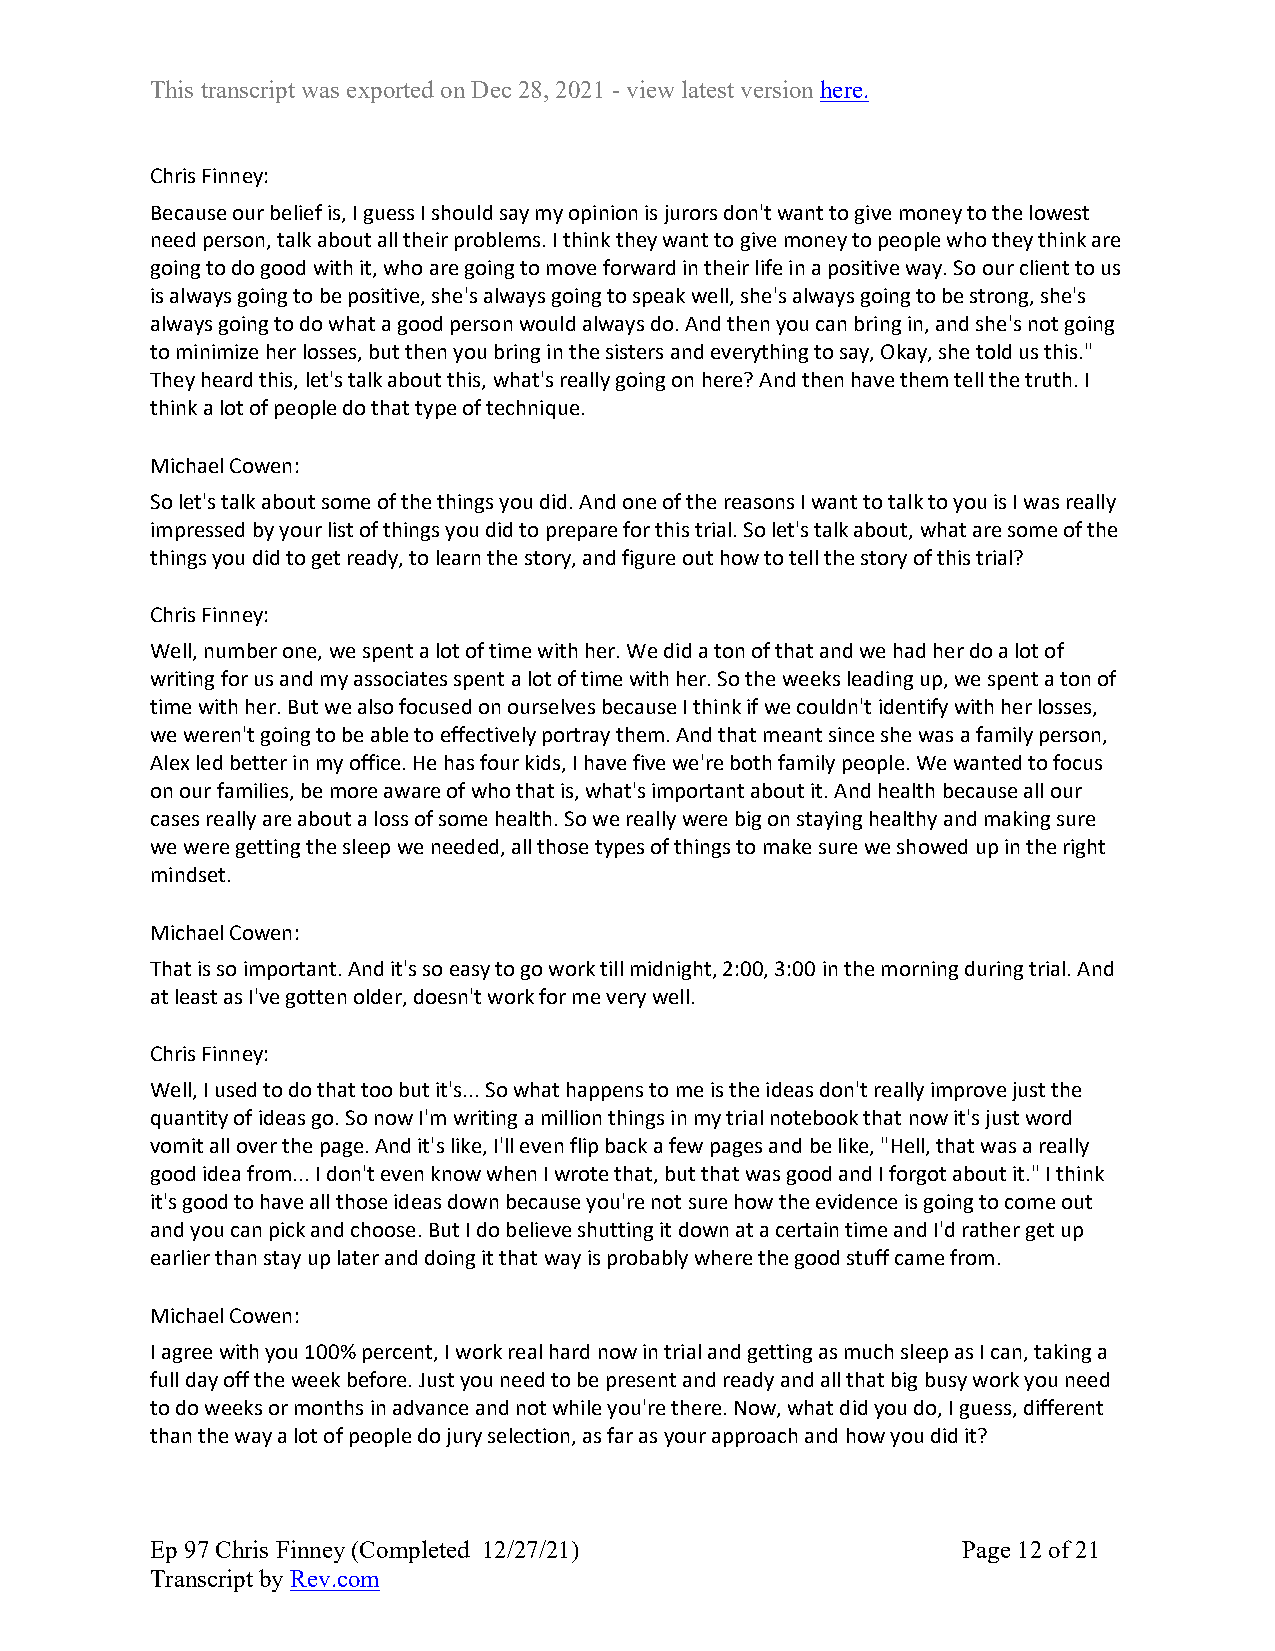
This transcript was exported on Dec 28, 2021 - view latest version here.
 Chris Finney:
 Because our belief is, I guess I should say my opinion is jurors don't want to give money to the lowest
 need person, talk about all their problems. I think they want to give money to people who they think are
 going to do good with it, who are going to move forward in their life in a positive way. So our client to us
 is always going to be positive, she's always going to speak well, she's always going to be strong, she's
 always going to do what a good person would always do. And then you can bring in, and she's not going
 to minimize her losses, but then you bring in the sisters and everything to say, Okay, she told us this."
 They heard this, let's talk about this, what's really going on here? And then have them tell the truth. I
 think a lot of people do that type of technique.
 Michael Cowen:
 So let's talk about some of the things you did. And one of the reasons I want to talk to you is I was really
 impressed by your list of things you did to prepare for this trial. So let's talk about, what are some of the
 things you did to get ready, to learn the story, and figure out how to tell the story of this trial?
 Chris Finney:
 Well, number one, we spent a lot of time with her. We did a ton of that and we had her do a lot of
 writing for us and my associates spent a lot of time with her. So the weeks leading up, we spent a ton of
 time with her. But we also focused on ourselves because I think if we couldn't identify with her losses,
 we weren't going to be able to effectively portray them. And that meant since she was a family person,
 Alex led better in my office. He has four kids, I have five we're both family people. We wanted to focus
 on our families, be more aware of who that is, what's important about it. And health because all our
 cases really are about a loss of some health. So we really were big on staying healthy and making sure
 we were getting the sleep we needed, all those types of things to make sure we showed up in the right
 mindset.
 Michael Cowen:
 That is so important. And it's so easy to go work till midnight, 2:00, 3:00 in the morning during trial. And
 at least as I've gotten older, doesn't work for me very well.
 Chris Finney:
 Well, I used to do that too but it's... So what happens to me is the ideas don't really improve just the
 quantity of ideas go. So now I'm writing a million things in my trial notebook that now it's just word
 vomit all over the page. And it's like, I'll even flip back a few pages and be like, "Hell, that was a really
 good idea from... I don't even know when I wrote that, but that was good and I forgot about it." I think
 it's good to have all those ideas down because you're not sure how the evidence is going to come out
 and you can pick and choose. But I do believe shutting it down at a certain time and I'd rather get up
 earlier than stay up later and doing it that way is probably where the good stuff came from.
 Michael Cowen:
 I agree with you 100% percent, I work real hard now in trial and getting as much sleep as I can, taking a
 full day off the week before. Just you need to be present and ready and all that big busy work you need
 to do weeks or months in advance and not while you're there. Now, what did you do, I guess, different
 than the way a lot of people do jury selection, as far as your approach and how you did it?
 Ep 97 Chris Finney (Completed 12/27/21)               Page 12 of 21
 Transcript by Rev.com